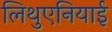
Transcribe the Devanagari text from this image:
लिथुएनियाई